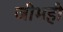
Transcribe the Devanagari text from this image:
जीभही